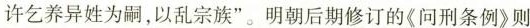
许乞养异姓为嗣，以乱宗族”。明朝后期修订的《问刑条例》则